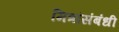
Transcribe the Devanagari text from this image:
मित्रांसंबंधी